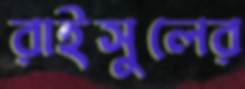
রাইসুলের